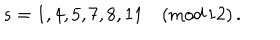
s = 1 , 4 , 5 , 7 , 8 , 1 1 \quad ( \textrm { m o d } \, 1 2 ) \, .